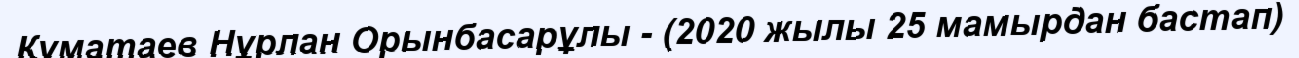
Құматаев Нұрлан Орынбасарұлы - (2020 жылы 25 мамырдан бастап)